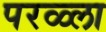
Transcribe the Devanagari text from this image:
परळ्ला